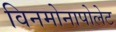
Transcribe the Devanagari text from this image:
विनमोनापोलेट